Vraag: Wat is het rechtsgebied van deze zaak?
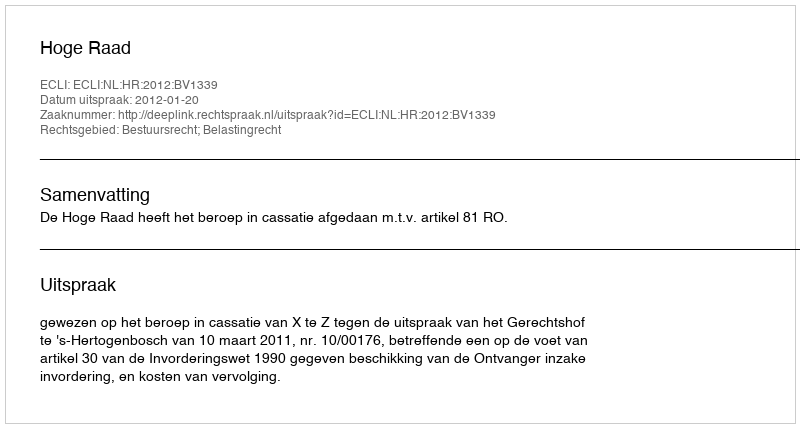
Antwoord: Bestuursrecht; Belastingrecht